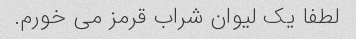
لطفا یک لیوان شراب قرمز می خورم.